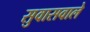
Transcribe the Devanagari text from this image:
सुवासवाले